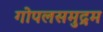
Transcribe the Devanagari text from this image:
गोपलसमुद्रम